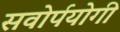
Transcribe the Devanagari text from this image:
सवोर्पयोगी